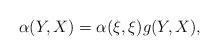
LaTeX: \begin{align*}\alpha(Y,X)=\alpha(\xi,\xi)g(Y,X),\end{align*}